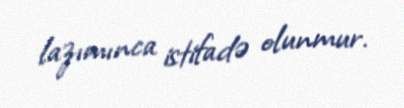
lazımınca istifadə olunmur.